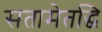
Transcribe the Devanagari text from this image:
सतामेतद्धि